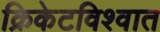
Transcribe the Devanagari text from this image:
क्रिकेटविश्वात